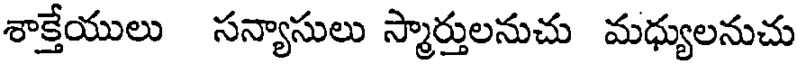
శాక్తేయులు సన్యాసులు స్మార్తులనుచు మధ్యులనుచు